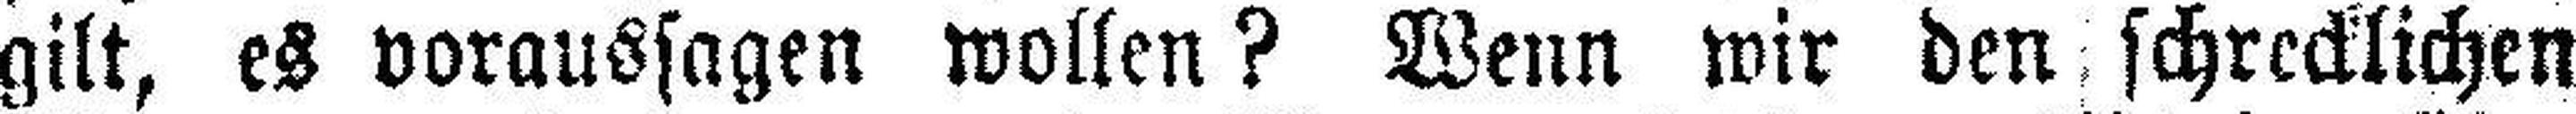
gilt, es voraussagen wollen? Wenn wir den schrecklichen